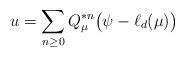
LaTeX: \begin{align*}u = \sum_{n \geq 0} Q_{\mu}^{*n}\big(\psi-\ell_d(\mu)\big)\end{align*}